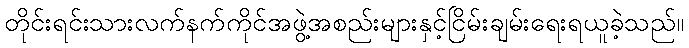
တိုင်းရင်းသားလက်နက်ကိုင်အဖွဲ့အစည်းများနှင့်ငြိမ်းချမ်းရေးရယူခဲ့သည်။